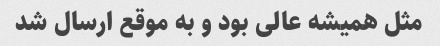
مثل همیشه عالی بود و به موقع ارسال شد